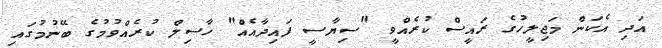
އަދި އެކަން މަޖިލީހުގެ ރައީސް ކުރެއްވީ "ސިޔާސީ ފައިދާއެއް" ހާސިލް ކުރެއްވުމުގެ ބޭނުމުގައި